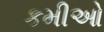
કમીઓ